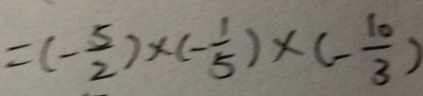
= ( - \frac { 5 } { 2 } ) \times ( - \frac { 1 } { 5 } ) \times ( - \frac { 1 0 } { 3 } )